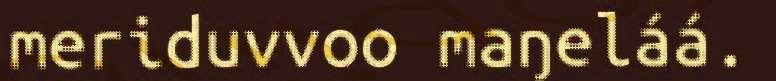
meriduvvoo maŋeláá.